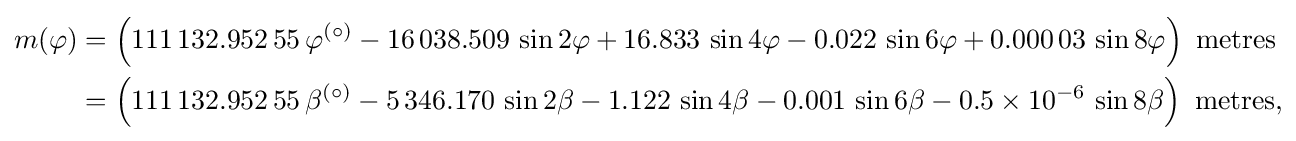
{\begin{aligned}m(\varphi )&=\left(111\,132.952\,55\,\varphi ^{(\circ )}-16\,038.509\,\sin 2\varphi +16.833\,\sin 4\varphi -0.022\,\sin 6\varphi +0.000\,03\,\sin 8\varphi \right){\mbox{ metres}}\\&=\left(111\,132.952\,55\,\beta ^{(\circ )}-5\,346.170\,\sin 2\beta -1.122\,\sin 4\beta -0.001\,\sin 6\beta -0.5\times 10^{-6}\,\sin 8\beta \right){\mbox{ metres,}}\end{aligned}}